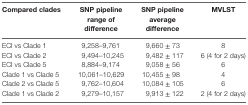
<table><thead><tr><td><b>Compared clades</b></td><td><b>SNP pipeline range of difference</b></td><td><b>SNP pipeline average difference</b></td><td><b>MVLST</b></td></tr></thead><tbody><tr><td>ECI vs Clade 1</td><td>9,258–9,761</td><td>9,660 ± 73</td><td>8</td></tr><tr><td>ECI vs Clade 2</td><td>9,494–10,245</td><td>9,482 ± 117</td><td>6 (4 for 2 days)</td></tr><tr><td>ECI vs Clade 5</td><td>8,884–9,174</td><td>9,058 ± 56</td><td>6</td></tr><tr><td>Clade 1 vs Clade 5</td><td>10,061–10,629</td><td>10,455 ± 98</td><td>4</td></tr><tr><td>Clade 2 vs Clade 5</td><td>9,762–10,604</td><td>10,084 ± 105</td><td>6</td></tr><tr><td>Clade 1 vs Clade 2</td><td>9,279–10,157</td><td>9,913 ± 122</td><td>2 (4 for 2 days)</td></tr></tbody></table>